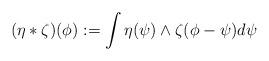
LaTeX: \begin{align*}(\eta * \zeta)(\phi) := \int \eta (\psi) \wedge \zeta (\phi - \psi)d \psi\end{align*}